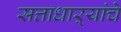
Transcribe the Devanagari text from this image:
सत्ताधाऱ्यांचे